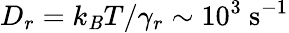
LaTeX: D_{r}=k_{\mathit{B}}T/\gamma_{r}\sim10^{3}~\mathrm{{s^{-1}}}